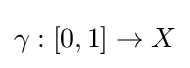
\gamma :[0,1]\to X